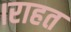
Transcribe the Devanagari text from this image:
।राहत